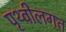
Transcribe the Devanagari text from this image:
पृथ्वीलगत